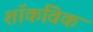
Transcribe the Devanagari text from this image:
शॉकविक